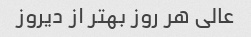
عالی هر روز بهتر از دیروز